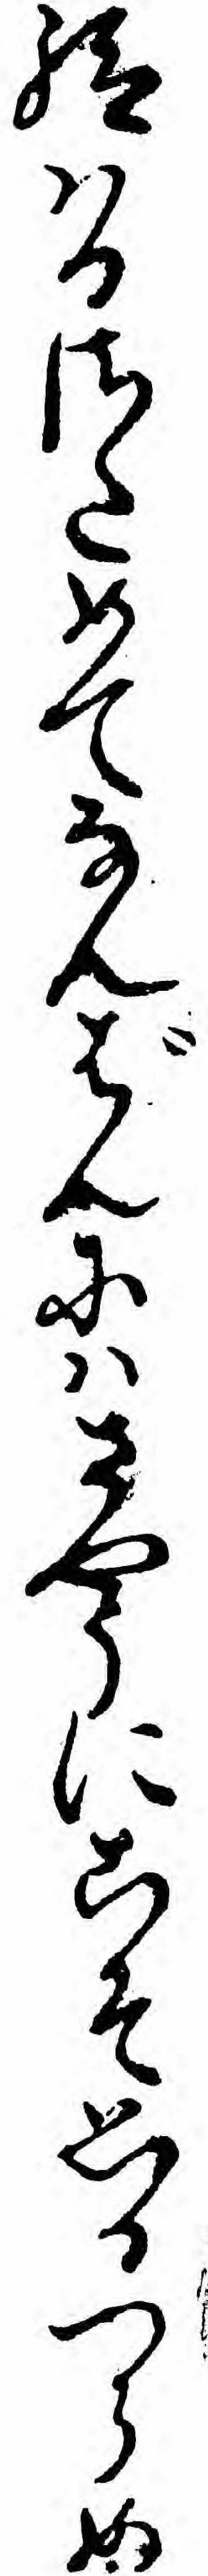
給ハるさためてなんばんにハさやうにこそ思ひつらめ